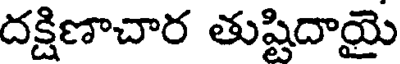
దక్షిణాచార తుష్టిదాయై